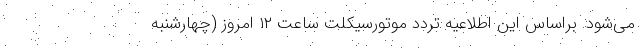
می‌شود. براساس این اطلاعیه تردد موتورسیکلت ساعت ۱۲ امروز (چهارشنبه